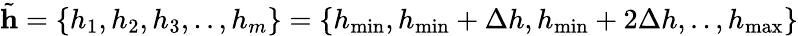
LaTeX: \tilde{\mathbf{h}}=\{ h_{1},h_{2},h_{3},..,h_{m}\} =\{ h_{\operatorname*{min}},h_{\operatorname*{min}}+\Delta h,h_{\operatorname*{min}}+2\Delta h,..,h_{\operatorname*{max}}\}